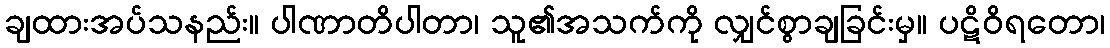
ချထားအပ်သနည်း။ ပါဏာတိပါတာ၊ သူ၏အသက်ကို လျှင်စွာချခြင်းမှ။ ပဋိဝိရတော၊